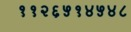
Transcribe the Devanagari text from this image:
११२६५१४५४८